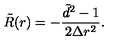
\tilde { R } ( r ) = - \frac { \tilde { d } ^ { 2 } - 1 } { 2 \Delta r ^ { 2 } } .